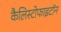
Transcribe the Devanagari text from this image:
कैलिस्टोफाइटॉन